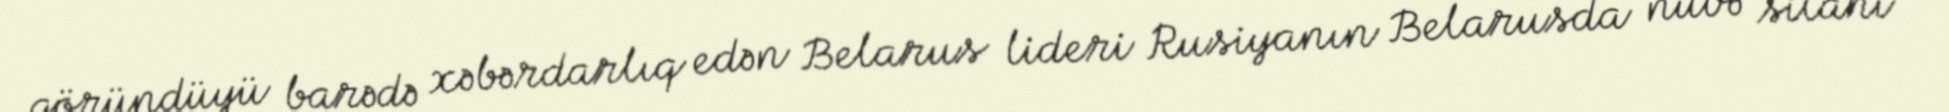
göründüyü barədə xəbərdarlıq edən Belarus lideri Rusiyanın Belarusda nüvə silahı